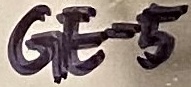
Text: GE-5